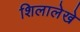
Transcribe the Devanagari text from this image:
शिलालेखे